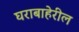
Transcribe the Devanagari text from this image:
घराबाहेरील